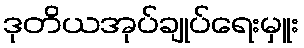
ဒုတိယအုပ်ချုပ်ရေးမှူး